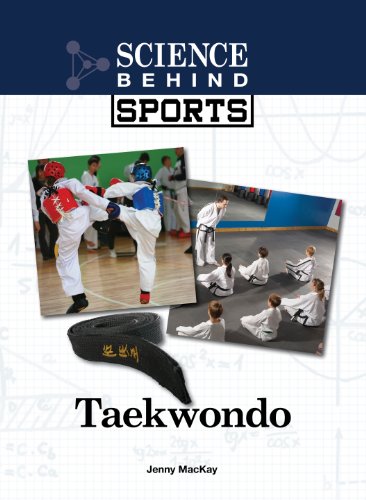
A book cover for Taekwondo (Science Behind Sports); Jenny Mackay; Teen & Young Adult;